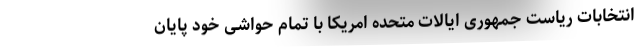
انتخابات ریاست جمهوری ایالات متحده امریکا با تمام حواشی خود پایان